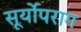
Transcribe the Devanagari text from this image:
सूर्योपराग